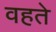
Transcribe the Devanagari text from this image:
वहते